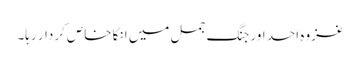
غزوہ احد اور جنگ جمل میں انکا خاص کردار رہا۔